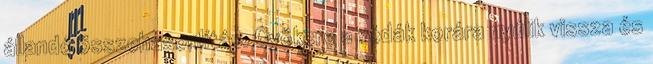
állandó összehasonlítás. Gyökere a védák korára nyúlik vissza és